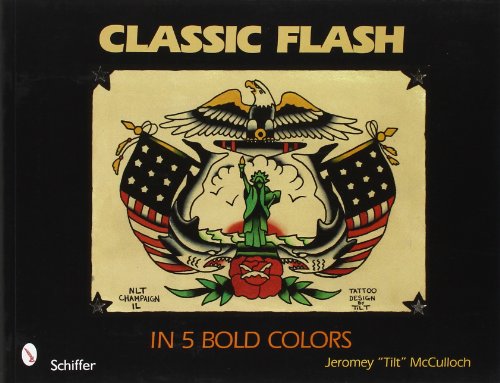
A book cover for Classic Flash in 5 Bold Colors; Jeromey Mcculloch; Arts & Photography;